Sanitation, dispensaries and jails vaccination Rajputana 1922-1927 - 1922-1927
Year: 1922
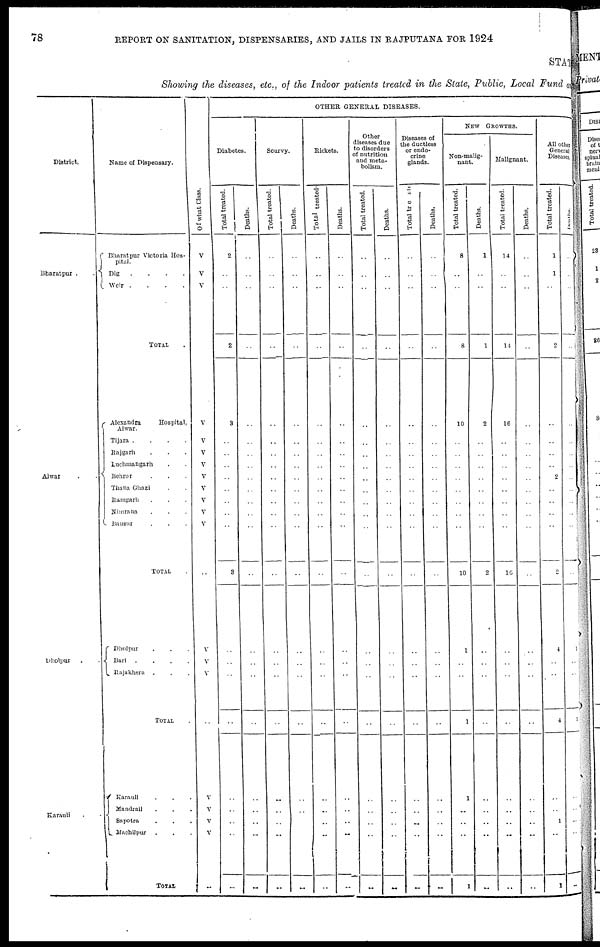
78
REPORT ON SANITATION, DISPENSARIES, AND JAILS IN RAJPUTANA FOR 1924
STAT
Showing the diseases, etc., of the Indoor patients treated in the State, Public, Local Fund an
District.
Bharatpur . .
Alwar . .
Dholpur . .
Karauli . .
Name of Dispensary.
Bharatpur Victoria Hos-
pital.
Dig
. . . .
Weir .
.
.
.
TOTAL .
Alexandra
Hospital,
Alwar.
Tijara .
.
.
.
Rajgarh . . .
Luchmangarh . .
Behror . . .
Thana Ghazi . .
Ramgarh . . .
Nimrana . . .
Bausur . . .
TOTAL .
Dholpur . . .
Bari .
.
.
.
Rajakhera . . .
TOTAL .
Karauli . . .
Mandrail . . .
Sapotra . . .
Machilpur . . .
TOTAL
Of what Class.
V
V
V
..
V
V
V
V
V
V
V
V
V
..
V
V
V
..
V
V
V
V
..
OTHER GENERAL DISEASES.
Diabetes.
Total treated.
2
..
..
2
3
..
..
..
..
..
..
..
..
3
..
..
..
..
..
..
..
..
..
Deaths.
..
..
..
..
..
..
..
..
..
..
..
..
..
..
..
..
..
..
..
..
..
..
..
Scurvy.
Total treated.
..
..
..
..
..
..
..
..
..
..
..
..
..
..
..
..
..
..
..
..
..
..
..
Deaths.
..
..
..
..
..
..
..
..
..
..
..
..
..
..
..
..
..
..
..
..
..
..
..
Rickets.
Total treated.
..
..
..
..
..
..
..
..
..
..
..
..
..
..
..
..
..
..
..
..
..
..
..
Deaths.
..
..
..
..
..
..
..
..
..
..
..
..
..
..
..
..
..
..
..
..
..
..
..
Other
diseases due
to disorders
of nutrition
and meta-
bolism.
Total treated.
..
..
..
..
..
..
..
..
..
..
..
..
..
..
..
..
..
..
..
..
..
..
..
Deaths.
..
..
..
..
..
..
..
..
..
..
..
..
..
..
..
..
..
..
..
..
..
..
..
Diseases of
the ductless
or endo-
crine
glands.
Total treated.
..
..
..
..
..
..
..
..
..
..
..
..
..
..
..
..
..
..
..
..
..
..
..
Deaths.
..
..
..
..
..
..
..
..
..
..
..
..
..
..
..
..
..
..
..
..
..
..
..
NEW GROWTHS.
Non-malig-
nant.
Total treated.
8
..
..
8
10
..
..
..
..
..
..
..
..
10
1
..
..
1
1
..
..
..
1
Deaths.
1
..
..
1
2
..
..
..
..
..
..
..
..
2
..
..
..
..
..
..
..
..
..
Malignant.
Total treated.
14
..
..
14
16
..
..
..
..
..
..
..
..
16
..
..
..
..
..
..
..
..
..
Deaths.
..
..
..
..
..
..
..
..
..
..
..
..
..
..
..
..
..
..
..
..
..
..
..
All other
General
Diseases.
Total treated.
1
1
..
2
..
..
..
..
2
..
..
..
..
2
4
..
..
4
..
..
1
..
1
Deaths.
..
..
..
..
..
..
..
..
..
..
..
..
..
..
1
..
..
1
..
..
..
..
..